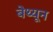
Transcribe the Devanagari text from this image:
बेथ्यून